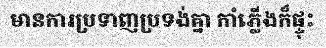
មានការប្រទាញប្រទង់គ្នា កាំភ្លើងក៏ផ្ទុះ